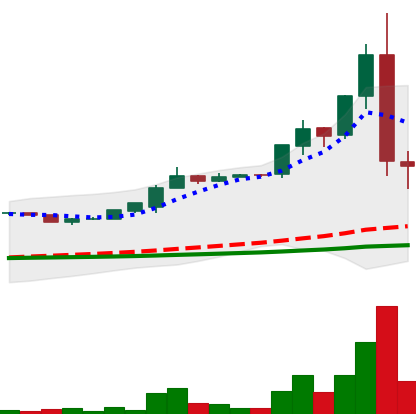
Ticker: LTC-USD
Chart end date: 2015-07-11
Forward return: -15.639%
Label: down_7plus